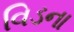
વિડના